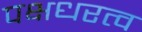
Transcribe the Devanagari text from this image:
पक्षधरत्व